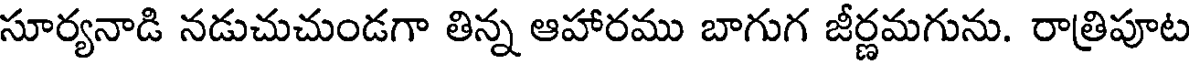
సూర్యనాడి నడుచుచుండగా తిన్న ఆహారము బాగుగ జీర్ణమగును. రాత్రిపూట